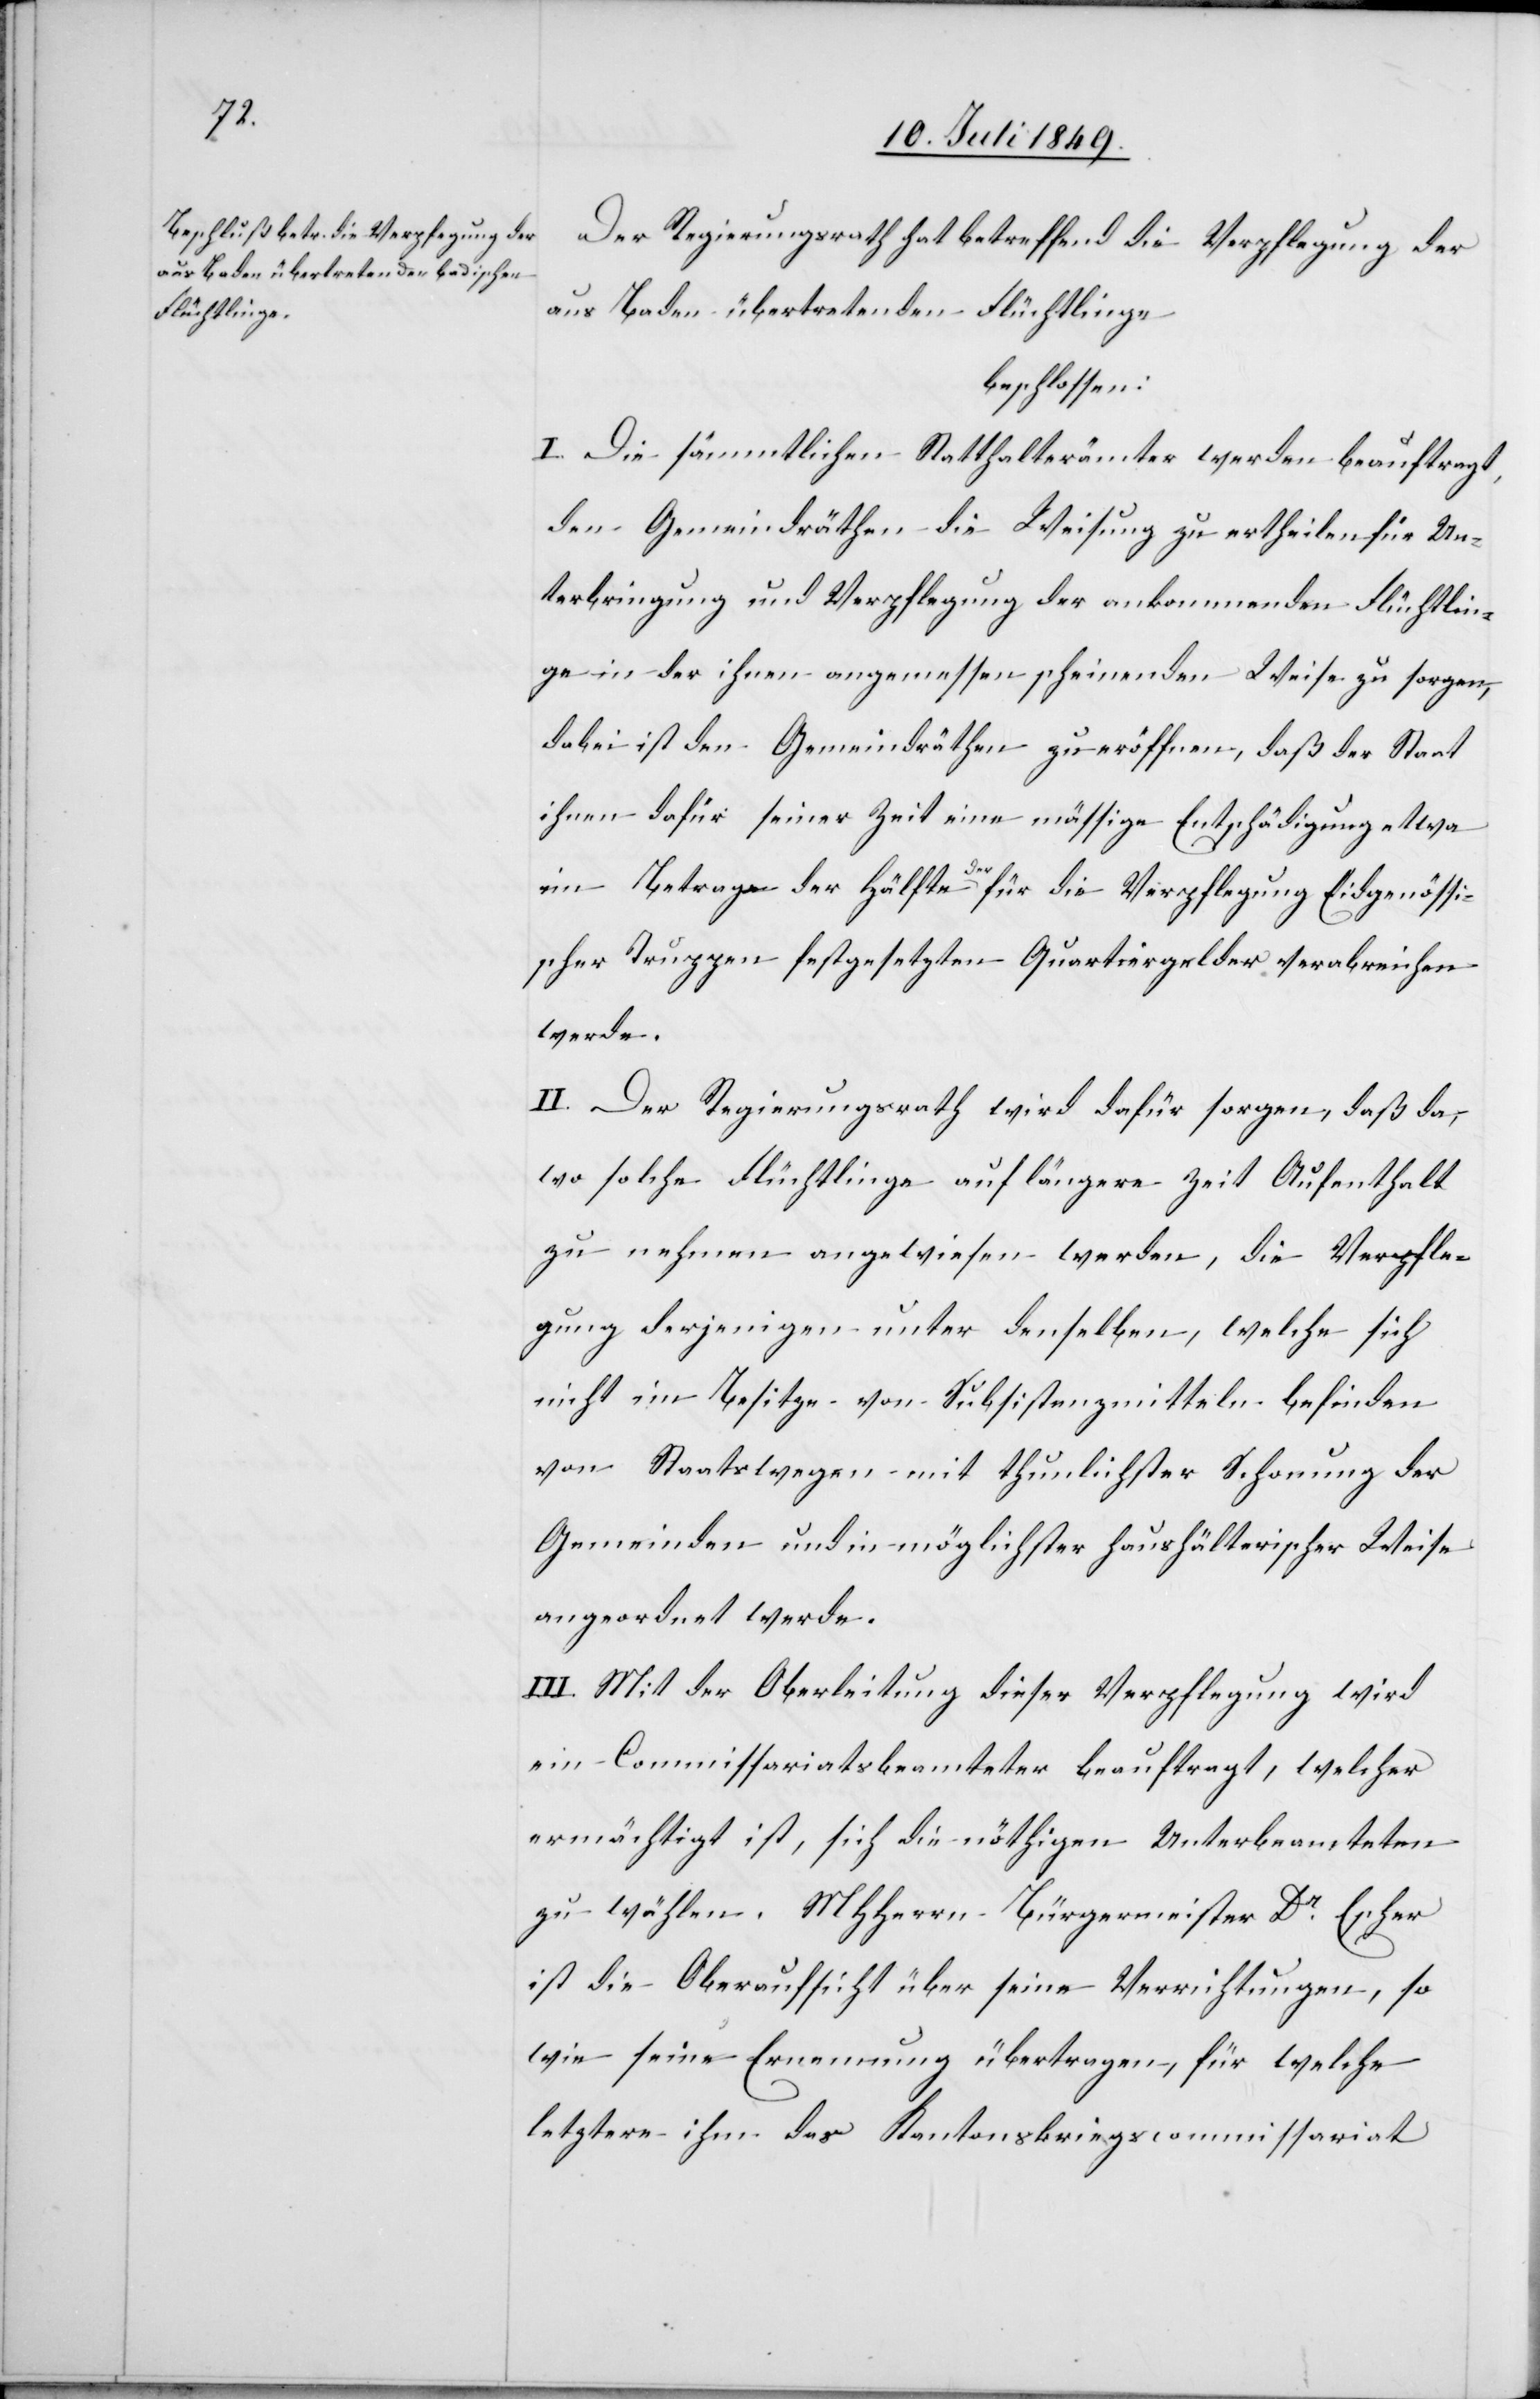
Der Regierungsrath hat betreffend die Verpflegung der
aus Baden übertretenden Flüchtlinge
beschlossen:
I. Die sämmtlichen Statthalterämter werden beauftragt,
den Gemeindräthen die Weisung zu ertheilen für Un¬
terbringung und Verpflegung der ankommenden Flüchtlin¬
ge in der ihnen angemessen scheinenden Weise zu sorgen,
dabei ist den Gemeindräthen zu eröffnen, daß der Staat
ihnen dafür seiner Zeit eine mässige Entschädigung etwa
im Betrage der Hälfte der für die Verpflegung Eidgenössi¬
scher Truppen festgesetzten Quartiergelder verabreichen
werde.
II. Der Regierungsrath wird dafür sorgen, daß da,
wo solche Flüchtlinge auf längere Zeit Aufenthalt
zu nehmen angewiesen werden, die Verpfle¬
gung derjenigen unter denselben, welche sich
nicht im Besitze von Subsistenzmitteln befinden
von Staatswegen mit thunlichster Schonung der
Gemeinden und in möglichster haushälterischer Weise
angeordnet werde.
III. Mit der Oberleitung dieser Verpflegung wird
ein Commissariatsbeamteter beauftragt, welcher
ermächtigt ist, sich die nöthigen Unterbeamteten
zu wählen, MHHerrn Bürgermeister Dr Escher
ist die Oberaufsicht über seine Verrichtungen, so
wie seine Ernennung übertragen, für welche
letztere ihm das Kantonskriegscommissariat